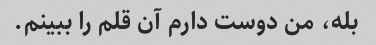
بله، من دوست دارم آن قلم را ببینم.